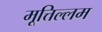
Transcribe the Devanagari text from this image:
मूत्तिल्लम